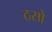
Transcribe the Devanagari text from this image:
ठसो